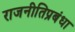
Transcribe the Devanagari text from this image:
राजनीतिप्रबंधा